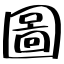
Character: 圖